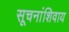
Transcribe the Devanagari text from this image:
सूचनांशिवाय